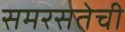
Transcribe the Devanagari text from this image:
समरसतेची